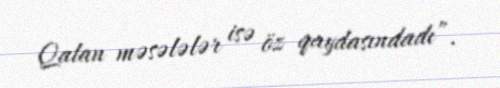
Qalan məsələlər isə öz qaydasındadı”.